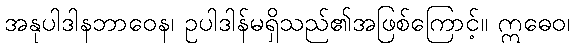
အနုပါဒါနဘာဝေန၊ ဥပါဒါန်မရှိသည်၏အဖြစ်ကြောင့်။ ဣဓေဝ၊